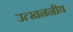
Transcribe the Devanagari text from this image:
उत्खननीय